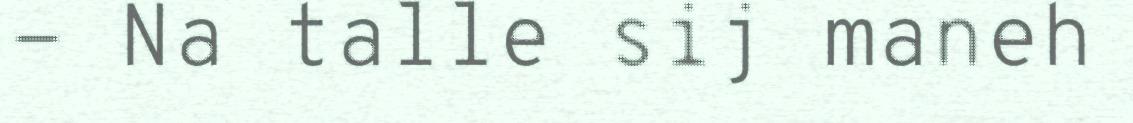
- Na talle sij maneh